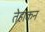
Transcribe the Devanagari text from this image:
तेहाकन